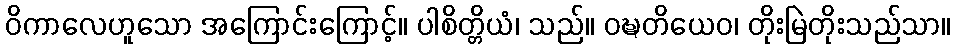
ဝိကာလေဟူသော အကြောင်းကြောင့်။ ပါစိတ္တိယံ၊ သည်။ ဝဍ္ဎတိယေဝ၊ တိုးမြဲတိုးသည်သာ။